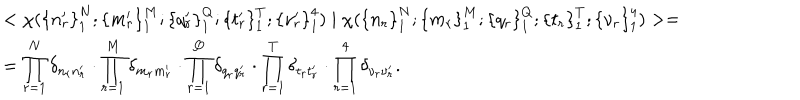
LaTeX: \begin{array} { l } { { < \chi ( { \{ n _ { r } ^ { \prime } \} } _ { 1 } ^ { N } ; { \{ m _ { r } ^ { \prime } \} } _ { 1 } ^ { M } ; { \{ q _ { r } ^ { \prime } \} } _ { 1 } ^ { Q } ; { \{ t _ { r } ^ { \prime } \} } _ { 1 } ^ { T } ; { \{ \nu _ { r } ^ { \prime } \} } _ { 1 } ^ { 4 } ) \mid \chi ( { \{ n _ { r } \} } _ { 1 } ^ { N } ; { \{ m _ { r } \} } _ { 1 } ^ { M } ; { \{ q _ { r } \} } _ { 1 } ^ { Q } ; { \{ t _ { r } \} } _ { 1 } ^ { T } ; { \{ \nu _ { r } \} } _ { 1 } ^ { 4 } ) > = } } \\ { { = \displaystyle \prod _ { r = 1 } ^ { N } \delta _ { n _ { r } n _ { r } ^ { \prime } } \cdot \displaystyle \prod _ { r = 1 } ^ { M } \delta _ { m _ { r } m _ { r } ^ { \prime } } \cdot \displaystyle \prod _ { r = 1 } ^ { Q } \delta _ { q _ { r } q _ { r } ^ { \prime } } \cdot \displaystyle \prod _ { r = 1 } ^ { T } \delta _ { t _ { r } t _ { r } ^ { \prime } } \cdot \displaystyle \prod _ { r = 1 } ^ { 4 } \delta _ { \nu _ { r } \nu _ { r } ^ { \prime } } . } } \\ \end{array}